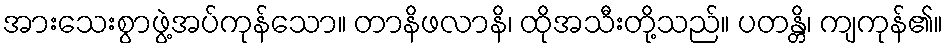
အားသေးစွာဖွဲ့အပ်ကုန်သော။ တာနိဖလာနိ၊ ထိုအသီးတို့သည်။ ပတန္တိ၊ ကျကုန်၏။